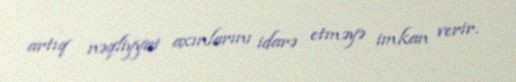
artıq nəqliyyat axınlarını idarə etməyə imkan verir.